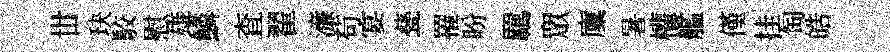
丗玦駮慰雄鱗查翟濓苟宴甆罹盼羈衆廩暑權艦僅挂匋皓